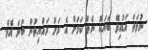
ނުވަތަ އަޑުއިވޭ ބަޔަކު ނެތް ކަމަށް އެ ރަށު ރައްޔިތުން ބުނެ އެވެ.